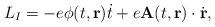
LaTeX: \begin{align*}L_I=-e\phi(t,{\bf r})\dot t+e{\bf A}(t,{\bf r})\cdot\dot{\bf r},\end{align*}